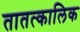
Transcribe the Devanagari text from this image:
तातत्कालिक